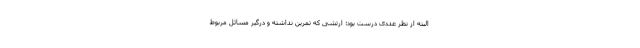
البته از نظر عددی درست بود؛ ارتشی که تمرین نداشته و درگیر مسائل مربوط